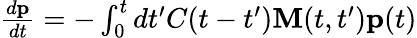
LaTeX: \begin{array}{r}{\frac{d{\mathbf p}}{dt}=-\int_{0}^{t}dt^{\prime}C(t-t^{\prime}){{\mathbf M}(t,t^{\prime})}{\mathbf p}(t)}\end{array}